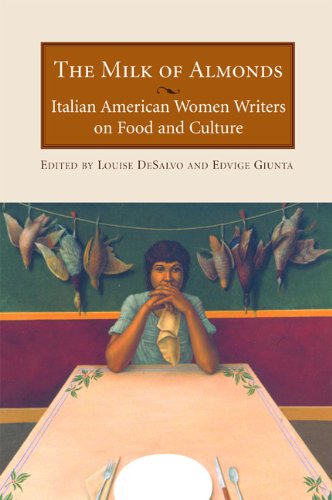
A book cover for The Milk of Almonds: Italian American Women Writers on Food and Culture; Edvige Guinta; Literature & Fiction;